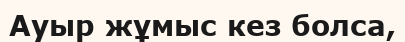
Ауыр жұмыс кез болса,